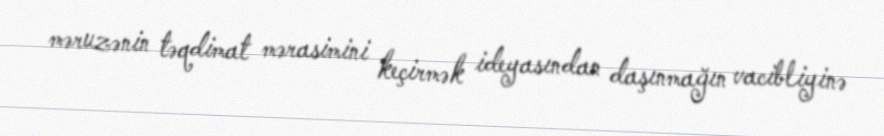
məruzənin təqdimat mərasimini keçirmək ideyasından daşınmağın vacibliyinə